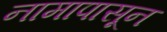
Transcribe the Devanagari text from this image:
नामापासून